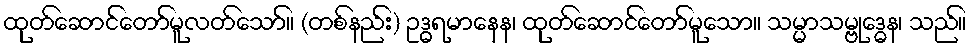
ထုတ်ဆောင်တော်မူလတ်သော်။ (တစ်နည်း) ဥဒ္ဓရမာနေန၊ ထုတ်ဆောင်တော်မူသော။ သမ္မာသမ္ဗုဒ္ဓေန၊ သည်။